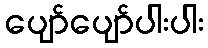
ပျော်ပျော်ပါးပါး